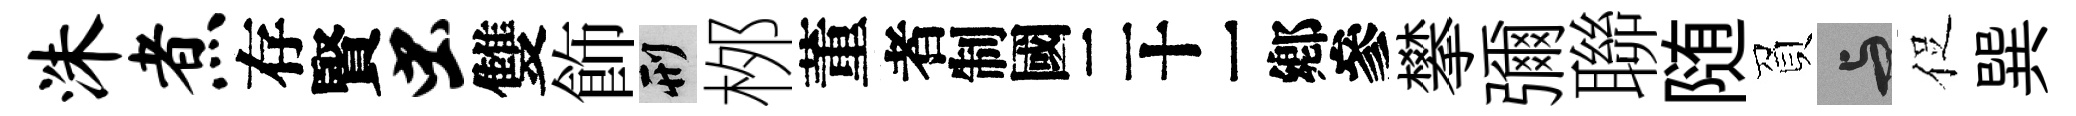
洙煮存賢虫雙飾刑桞董识攀彌聯随負与促巽